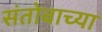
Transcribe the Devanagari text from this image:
संतोबाच्या